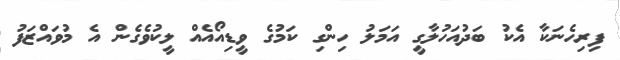
ފިރިހެނަކާ އެކު ބަދުއަހުލާގީ އަމަލު ހިންގި ކަމުގެ ވީޑިއޯއެއް ލީކުވެގެން އެ މުވައްޒަފު